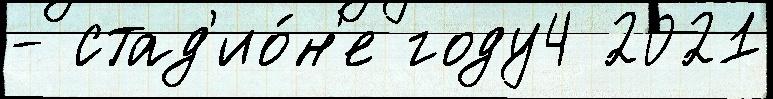
- стад'ио́н'е году4 2021